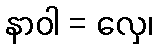
နာဝါ = လှေ၊